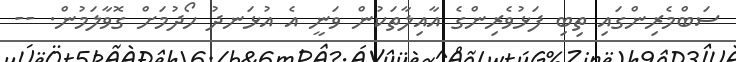
ސަބްމެރިންގައި ތިބި ފަޅުވެރިންގެ އާއިލާތަކުން ވަނީ އެ އުޅަނދު ހޯދުމަށް ގޮވާލަމުން. --